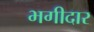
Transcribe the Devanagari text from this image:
भगीदार